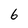
Character: 6